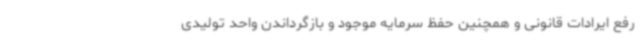
رفع ایرادات قانونی و همچنین حفظ سرمایه موجود و بازگرداندن واحد تولیدی